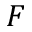
F